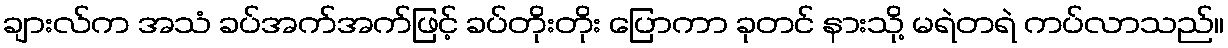
ချားလ်က အသံ ခပ်အက်အက်ဖြင့် ခပ်တိုးတိုး ပြောကာ ခုတင် နားသို့ မရဲတရဲ ကပ်လာသည်။